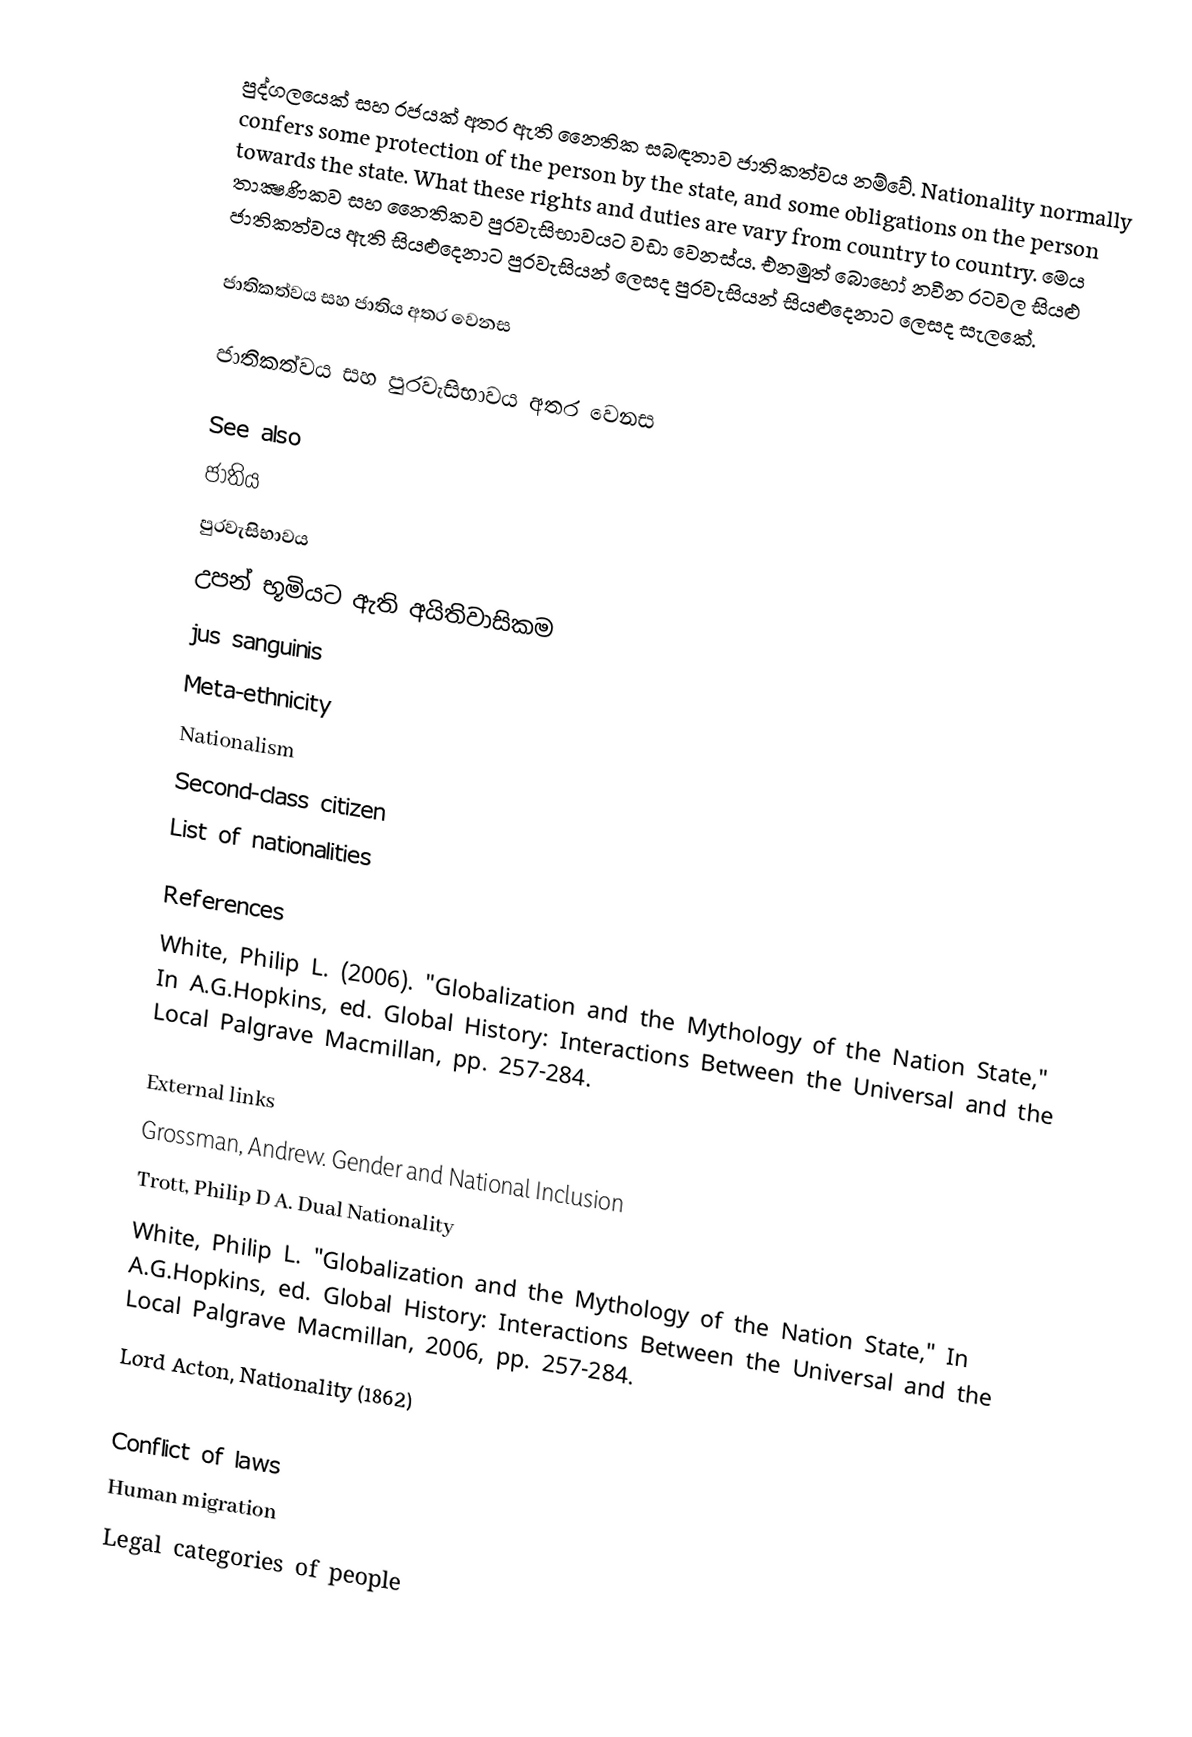
පුද්ගලයෙක් සහ රජයක්  අතර ඇති නෛතික සබඳතාව ජාතිකත්වය නම්වේ.  Nationality normally confers some protection of the person by the state, and some obligations on the person towards the state.  What these rights and duties are vary from country to country.  මෙය තාක්‍ෂණිකව සහ නෛතිකව පුරවැසිභාවයට වඩා වෙනස්ය. එනමුත් බොහෝ නවීන රටවල සියළු  ජාතිකත්වය ඇති සියළුදෙනාට පුරවැසියන් ලෙසද පුරවැසියන් සියළුදෙනාට ලෙසද සැලකේ.

ජාතිකත්වය සහ ජාතිය අතර වෙනස

ජාතිකත්වය සහ පුරවැසිභාවය අතර වෙනස

See also
ජාතිය
පුරවැසිභාවය
උපන් භූමියට ඇති අයිතිවාසිකම
jus sanguinis
Meta-ethnicity
Nationalism
Second-class citizen
List of nationalities

References
White, Philip L. (2006). "Globalization and the Mythology of the Nation State," In A.G.Hopkins, ed. Global History: Interactions Between the Universal and the Local Palgrave Macmillan, pp. 257-284.

External links
Grossman, Andrew.  Gender and National Inclusion
Trott, Philip D A.  Dual Nationality
 White, Philip L. "Globalization and the Mythology of the Nation State," In A.G.Hopkins, ed. Global History: Interactions Between the Universal and the Local Palgrave Macmillan, 2006, pp. 257-284.
Lord Acton, Nationality (1862)

Conflict of laws
Human migration
Legal categories of people